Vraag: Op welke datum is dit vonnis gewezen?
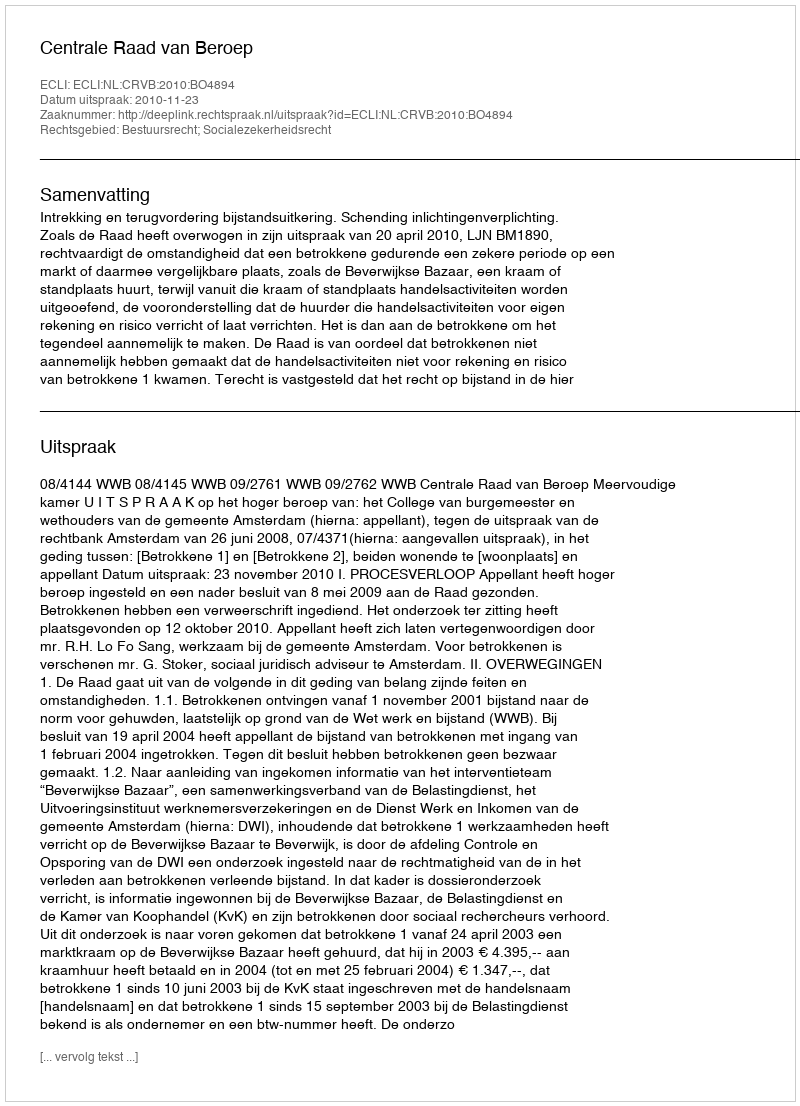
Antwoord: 2010-11-23